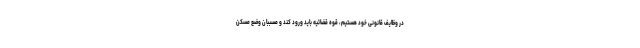
در وظایف قانونی خود هستیم، قوه قضائیه باید ورود کند و مسببان وضع مسکن